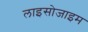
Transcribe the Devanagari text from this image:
लाइसोजाइम